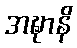
အဍ္ဎာနိ